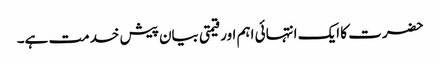
حضرت کا ایک انتہائی اہم اور قیمتی بیان پیش خدمت ہے۔